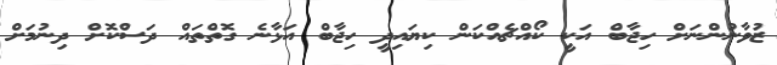
ޒުވާނުންނަށް ހިޖާބް އަކީ ކޯއްޗެއްކަން ކިޔައިދީ ހިޖާބް އަޅާނެ ގޮތްތައް ދަސްކޮށް ދިނުމަށް